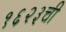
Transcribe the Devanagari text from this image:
१६२३ची